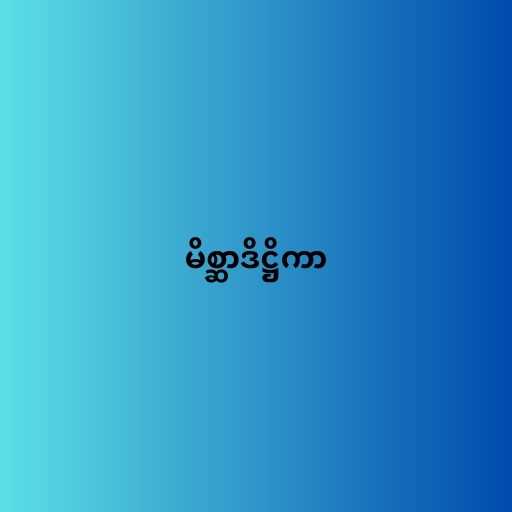
မိစ္ဆာဒိဋ္ဌိကာ